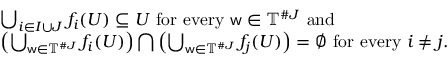
\begin{array} { r l } & { \bigcup _ { i \in I \cup J } f _ { i } ( U ) \subseteq U \mathrm { ~ f o r ~ e v e r y ~ } \mathsf { w } \in \mathbb { T } ^ { \# J } \mathrm { ~ a n d ~ } } \\ & { \left( \bigcup _ { \mathsf { w } \in \mathbb { T } ^ { \# J } } f _ { i } ( U ) \right) \bigcap \left( \bigcup _ { \mathsf { w } \in \mathbb { T } ^ { \# J } } f _ { j } ( U ) \right) = \emptyset \mathrm { ~ f o r ~ e v e r y ~ } i \neq j . } \end{array}